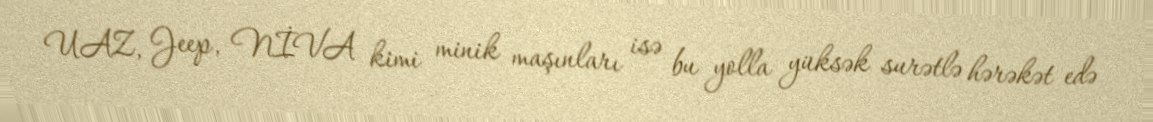
UAZ, Jeep, NİVA kimi minik maşınları isə bu yolla yüksək surətlə hərəkət edə